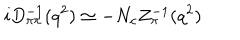
LaTeX: i D _ { \pi \pi } ^ { - 1 } ( q ^ { 2 } ) \simeq - N _ { c } Z _ { \pi } ^ { - 1 } ( q ^ { 2 } )